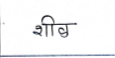
मजकूर: शील